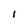
Character: I